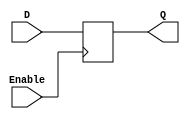
module enable_latch(
    input wire D,
    input wire Enable,
    output reg Q
);

always @(posedge Enable)
begin
    if (Enable)
        Q <= D;
end

endmodule